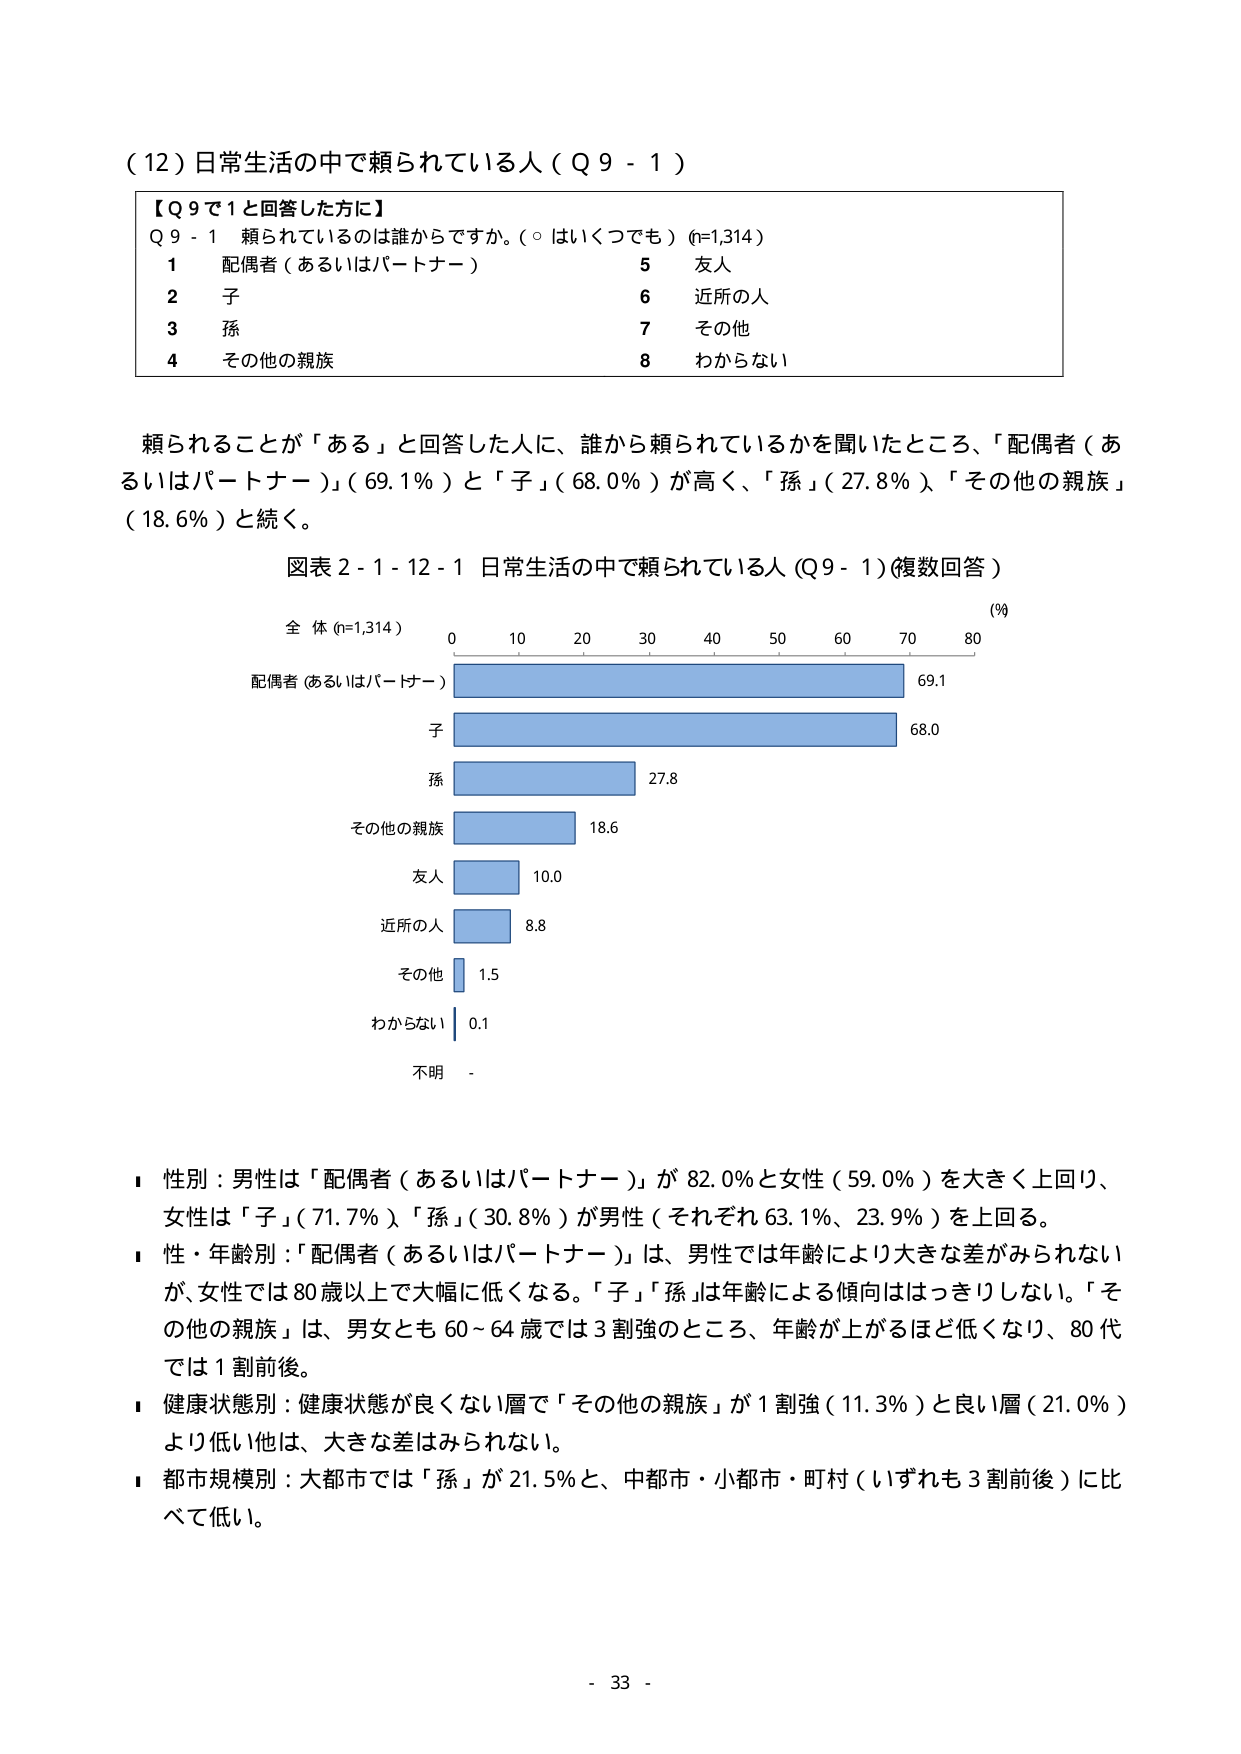
（12）日常生活の中で頼られている人（Q9-1）

【Q9で1と回答した方に】
Q9-1 頼られているのは誰からですか。（○はいくつでも）(n=1,314)
1 配偶者（あるいはパートナー）　　　　　　　5 友人
2 子　　　　　　　　　　　　　　　　　　　　6 近所の人
3 孫　　　　　　　　　　　　　　　　　　　　7 その他
4 その他の親族　　　　　　　　　　　　　　　8 わからない

頼られることが「ある」と回答した人に、誰から頼られているかを聞いたところ、「配偶者（あるいはパートナー）」（69.1％）と「子」（68.0％）が高く、「孫」（27.8％）、「その他の親族」（18.6％）と続く。

図表2-1-12-1 日常生活の中で頼られている人（Q9-1）（複数回答）

全 体 (n=1,314)　　　　　　　　　　　　　　　　　　　　　　　　　　(%)
　　　　　　　　　　　　　0　　10　　20　　30　　40　　50　　60　　70　　80
配偶者（あるいはパートナー）　　　　　　　　　　　　　　　　　　　　69.1
子　　　　　　　　　　　　　　　　　　　　　　　　　　　　　　　　68.0
孫　　　　　　　　　　　　　　　　　　　　　　　　　　　　　　　　27.8
その他の親族　　　　　　　　　　　　　　　　　　　　　　　　　　　18.6
友人　　　　　　　　　　　　　　　　　　　　　　　　　　　　　　　10.0
近所の人　　　　　　　　　　　　　　　　　　　　　　　　　　　　　8.8
その他　　　　　　　　　　　　　　　　　　　　　　　　　　　　　　1.5
わからない　　　　　　　　　　　　　　　　　　　　　　　　　　　　0.1
不明　　　　　　　　　　　　　　　　　　　　　　　　　　　　　　　-

■ 性別：男性は「配偶者（あるいはパートナー）」が82.0％と女性（59.0％）を大きく上回り、女性は「子」（71.7％）、「孫」（30.8％）が男性（それぞれ63.1％、23.9％）を上回る。
■ 性・年齢別：「配偶者（あるいはパートナー）」は、男性では年齢により大きな差がみられないが、女性では80歳以上で大幅に低くなる。「子」「孫」は年齢による傾向ははっきりしない。「その他の親族」は、男女とも60～64歳では3割強のところ、年齢が上がるほど低くなり、80代では1割前後。
■ 健康状態別：健康状態が良くない層で「その他の親族」が1割強（11.3％）と良い層（21.0％）より低い他は、大きな差はみられない。
■ 都市規模別：大都市では「孫」が21.5％と、中都市・小都市・町村（いずれも3割前後）に比べて低い。

- 33 -